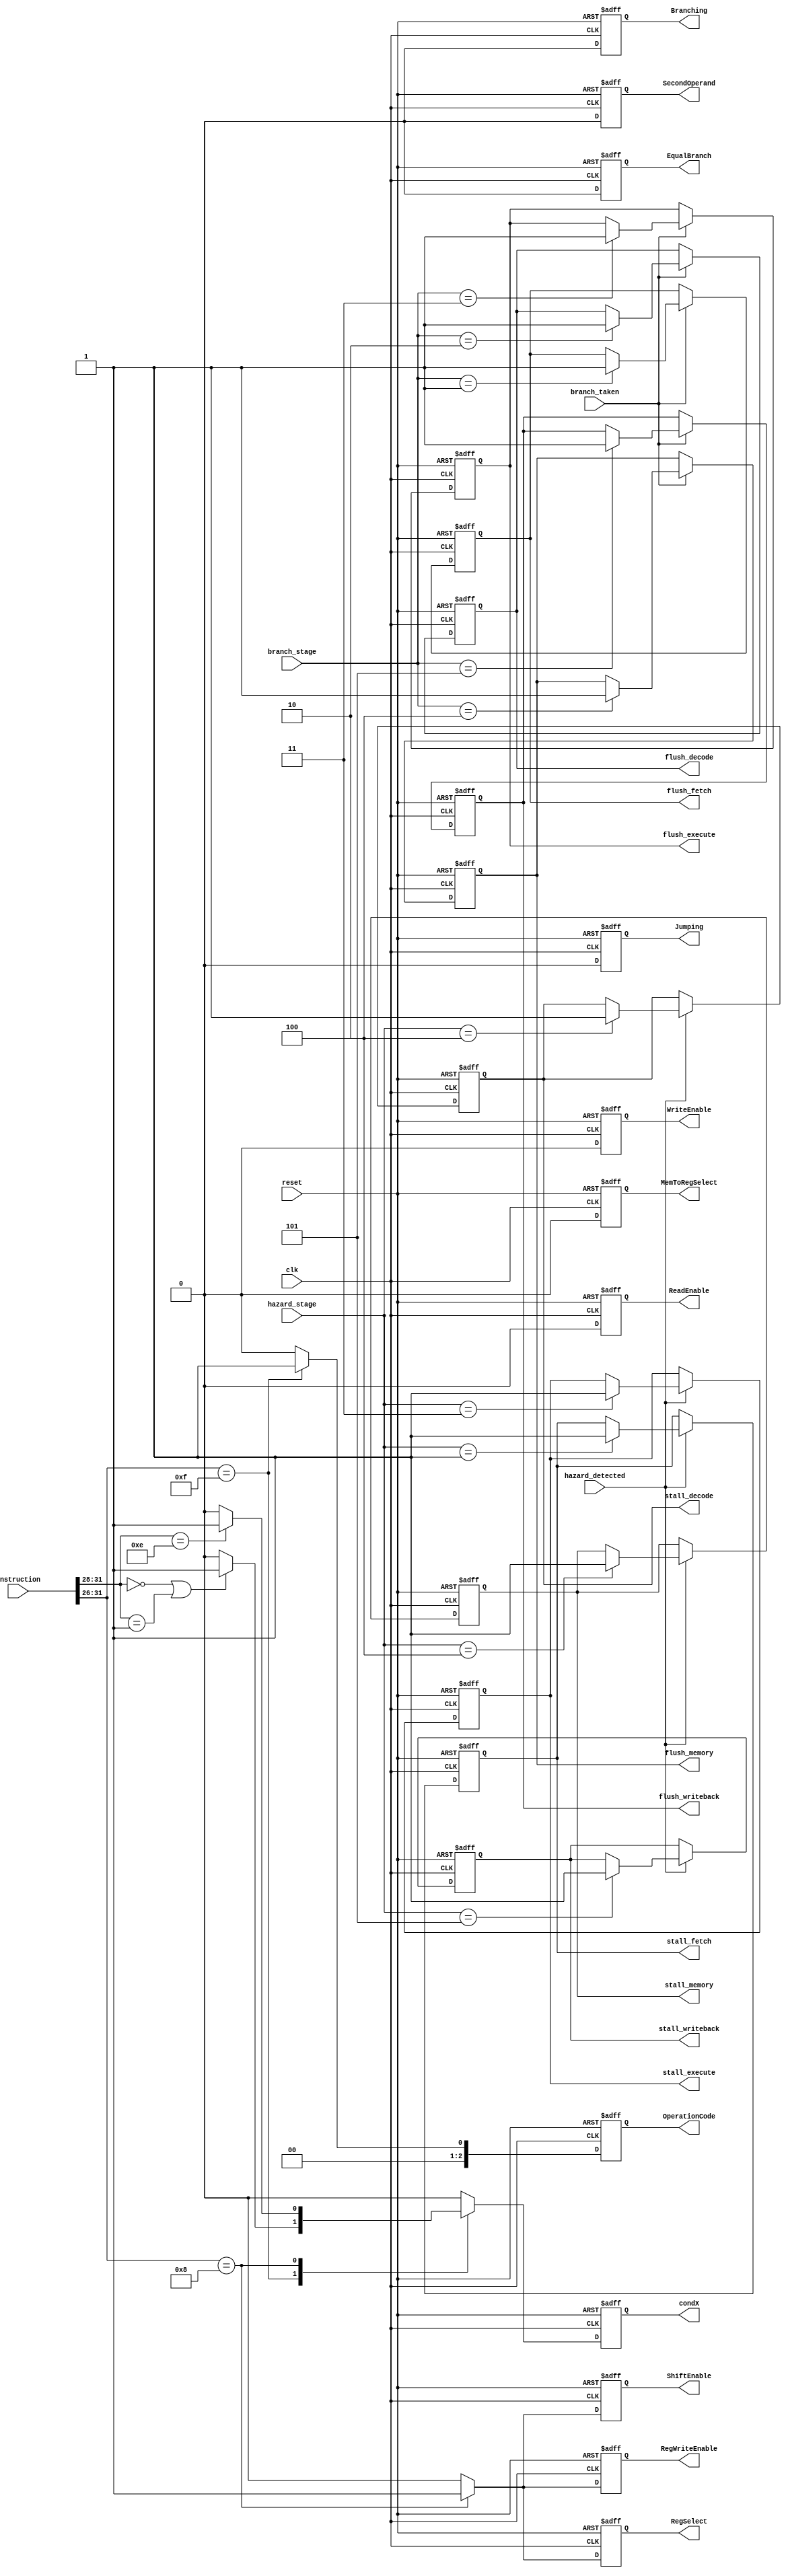
module control_unit(
    input [31:0] instruction,
    input clk,
    input reset,
    input hazard_detected,
    input [2:0] hazard_stage,
    input branch_taken,
    input [2:0] branch_stage,
    output reg [2:0] OperationCode,
    output reg RegSelect,
    output reg SecondOperand,
    output reg MemToRegSelect,
    output reg RegWriteEnable,
    output reg ReadEnable,
    output reg WriteEnable,
    output reg Branching,
    output reg Jumping,
    output reg EqualBranch,
    output reg ShiftEnable,
    output reg condX,
    output reg stall_fetch,
    output reg stall_decode,
    output reg stall_execute,
    output reg stall_memory,
    output reg stall_writeback,
    output reg flush_fetch,
    output reg flush_decode,
    output reg flush_execute,
    output reg flush_memory,
    output reg flush_writeback
    );

    always @(posedge clk or posedge reset)
    begin
        if (reset) 
        begin
            // Reset all signals
            OperationCode <= 3'b000;
            RegSelect <= 1'b0;
            SecondOperand <= 1'b0;
            MemToRegSelect <= 1'b0;
            RegWriteEnable <= 1'b0;
            ReadEnable <= 1'b0;
            WriteEnable <= 1'b0;
            Branching <= 1'b0;
            Jumping <= 1'b0;
            EqualBranch <= 1'b0;
            ShiftEnable <= 1'b0;
            condX <= 1'b0;
            stall_fetch <= 1'b0;
            stall_decode <= 1'b0;
            stall_execute <= 1'b0;
            stall_memory <= 1'b0;
            stall_writeback <= 1'b0;
            flush_fetch <= 1'b0;
            flush_decode <= 1'b0;
            flush_execute <= 1'b0;
            flush_memory <= 1'b0;
            flush_writeback <= 1'b0;
        end
        else 
        begin
            // Defaults
            OperationCode <= 3'b000;
            RegSelect <= 1'b0;
            SecondOperand <= 1'b0;
            MemToRegSelect <= 1'b0;
            RegWriteEnable <= 1'b0;
            ReadEnable <= 1'b0;
            WriteEnable <= 1'b0;
            Branching <= 1'b0;
            Jumping <= 1'b0;
            EqualBranch <= 1'b0;
            ShiftEnable <= 1'b0;
            condX <= 1'b0;

            // Stall control
            if (hazard_detected) 
            begin
                case(hazard_stage)
                    3'b001: stall_fetch <= 1'b1;
                    3'b010: stall_decode <= 1'b1;
                    3'b011: stall_execute <= 1'b1;
                    3'b100: stall_memory <= 1'b1;
                    3'b101: stall_writeback <= 1'b1;
                    default: ;
                endcase
            end

            // Flush control
            if (branch_taken) 
            begin
                case(branch_stage)
                    3'b001: flush_fetch <= 1'b1;
                    3'b010: flush_decode <= 1'b1;
                    3'b011: flush_execute <= 1'b1;
                    3'b100: flush_memory <= 1'b1;
                    3'b101: flush_writeback <= 1'b1;
                    default: ;
                endcase
            end

            case (instruction[31:26]) // Directly decoding opcode from instruction
                // CMP
                6'b001111: 
                begin
                    OperationCode <= 3'b001;
                    SecondOperand <= 1'b0;
                    if(instruction[31:28] == 4'b0000 || instruction[31:28] == 4'b0001)  // EQ or NE
                        condX <= 1'b1;
                end

                // ADD
                6'b001000: 
                begin
                    OperationCode <= 3'b000;
                    RegSelect <= 1'b1;
                    SecondOperand <= 1'b0;
                    RegWriteEnable <= 1'b1;
                    ShiftEnable <= 1'b1;
                    if(instruction[31:28] == 4'b1110)  // AL
                        condX <= 1'b1;
                end

                // Other instructions here...
                // Please replace with your actual opcodes and control signals.
            endcase
        end
    end
endmodule